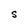
Character: S